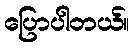
ပြောပါတယ်။